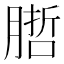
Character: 𭩁